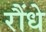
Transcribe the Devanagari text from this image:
रौंधे